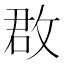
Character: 𢽏